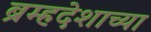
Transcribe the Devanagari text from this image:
ब्रम्हदेशाच्या